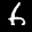
Label: 6